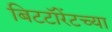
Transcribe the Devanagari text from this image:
बिटटॉरेंटच्या